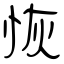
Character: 恢